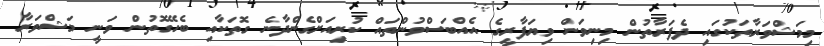
މިމަޝްވަރާތަކުގައި ދެފަރާތުން މިނިވަން ވިޔަފާރީގެ އެއްބަސްވުންތައް ކުރިއަށްގެންދާނެ ގޮތަކާއި ބެހޭގޮތުން ވަނީ މަޝްވަރާ